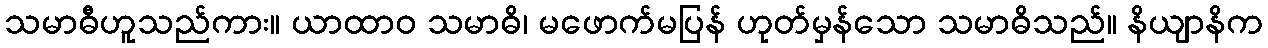
သမာဓီဟူသည်ကား။ ယာထာဝ သမာဓိ၊ မဖောက်မပြန် ဟုတ်မှန်သော သမာဓိသည်။ နိယျာနိက